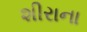
શીરાના